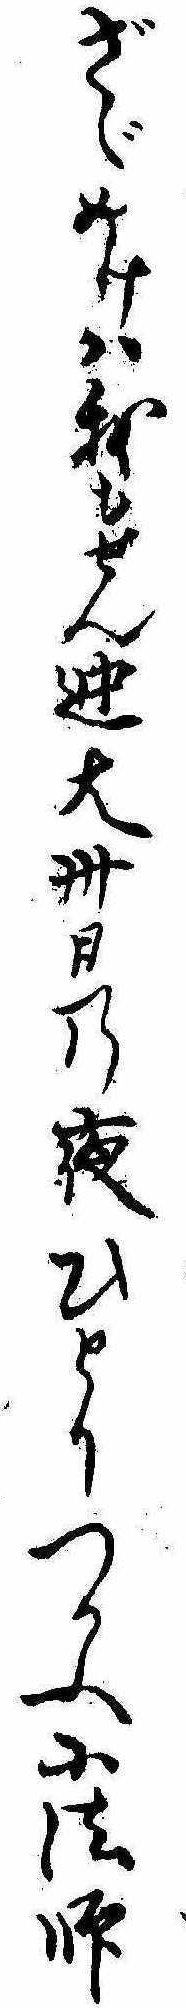
ざゞめけは我もせん迚大卅日の夜ひとりつかふ小法師